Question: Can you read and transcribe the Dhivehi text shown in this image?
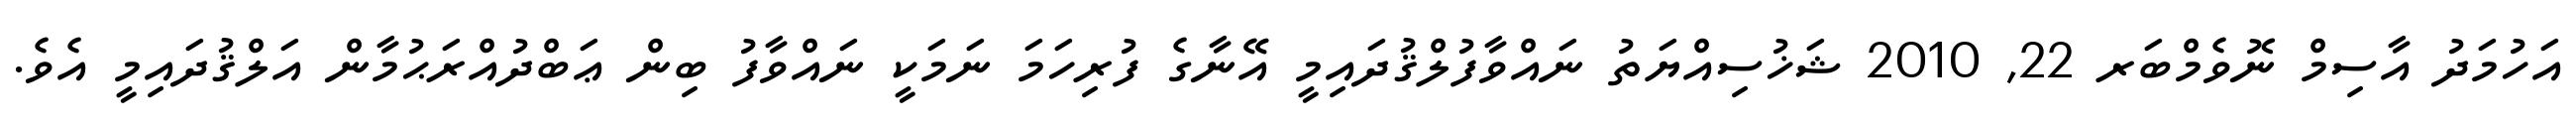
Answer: އަހުމަދު އާސިމް ނޮވެމްބަރ 22, 2010 ޝަޚުސިއްޔަތު ނައްވާފުލްޤުދައިމީ އޭނާގެ ފުރިހަމަ ނަމަކީ ނައްވާފު ބިން ޢަބްދުއްރަޙުމާން އަލްޤުދައިމީ އެވެ.